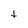
Character: t